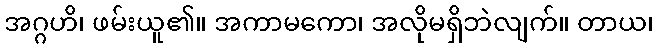
အဂ္ဂဟိ၊ ဖမ်းယူ၏။ အကာမကော၊ အလိုမရှိဘဲလျက်။ တာယ၊